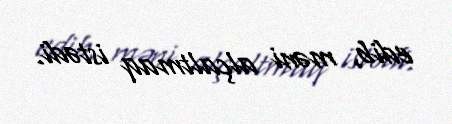
edib, məni alçaltmaq istədi.